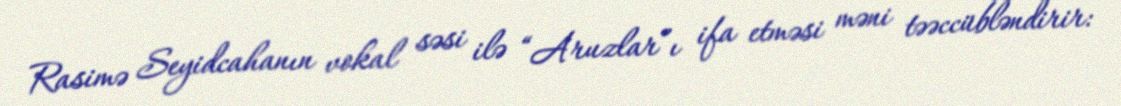
Rasimə Seyidcahanın vokal səsi ilə “Aruzlar”ı ifa etməsi məni təəccübləndirir: